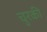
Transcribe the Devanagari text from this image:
चुरकी